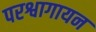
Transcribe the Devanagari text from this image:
परश्वागायन